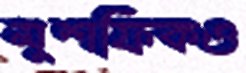
মুশফিকও